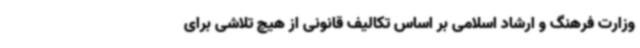
وزارت فرهنگ و ارشاد اسلامی بر اساس تکالیف قانونی از هیچ تلاشی برای